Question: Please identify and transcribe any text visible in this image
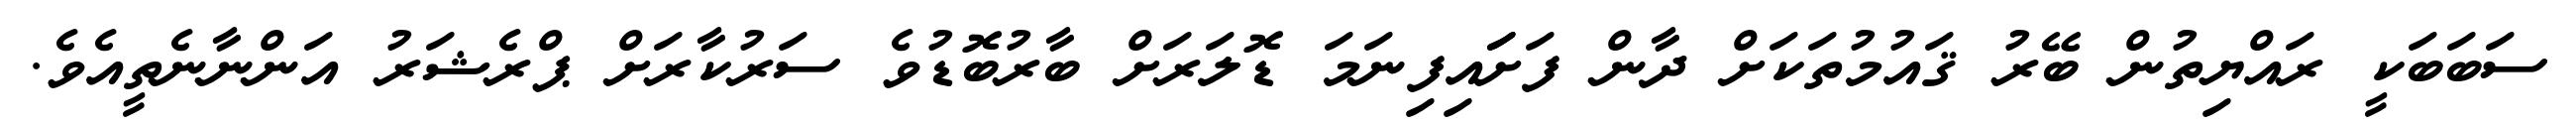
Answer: ސަބަބަކީ ރައްޔިތުން ބޭރު ޤައުމުތަކަށް ދާން ފަށަައިފިނަމަ ޑޮލަރަށް ބާރުބޮޑުވެ ސަރުކާރަށް ޕްރެޝަރު އަންނާނެތީއެވެ.